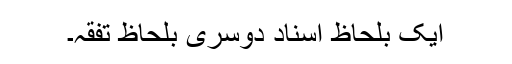
ایک بلحاظ اَسناد دوسری بلحاظ تفقہ۔